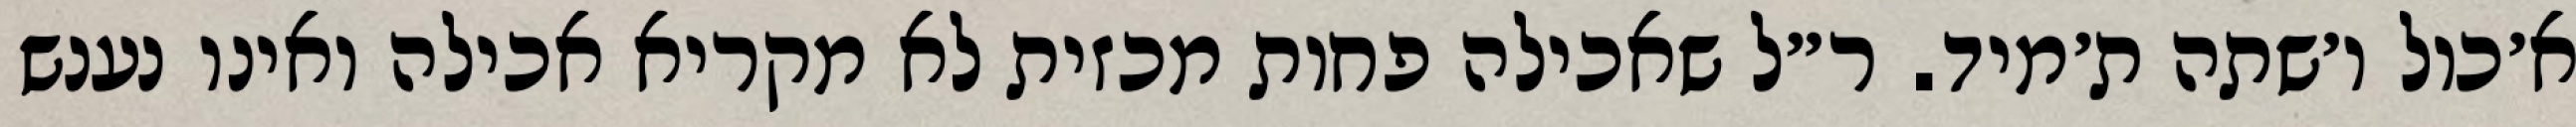
א׳כול ו׳שתה ת׳מיד. ר״ל שאכילה פחות מכזית לא מקריא אכילה ואינו נענש